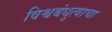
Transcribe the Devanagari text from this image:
विश्वबंधुत्वाचा